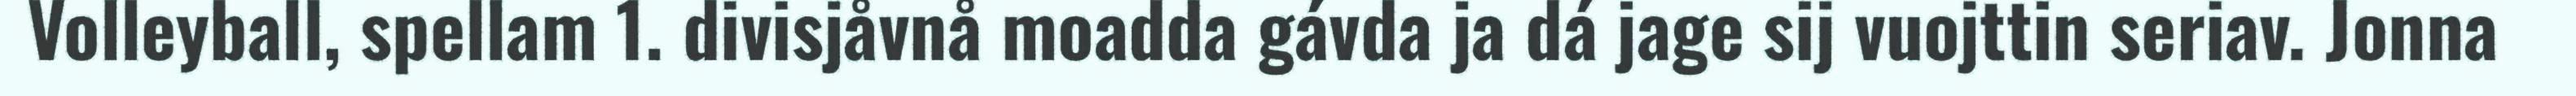
Volleyball, spellam 1. divisjåvnå moadda gávda ja dá jage sij vuojttin seriav. Jonna